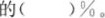
()%，美术组的人数占总人数的()%，航模组的人数占总人数的()%。